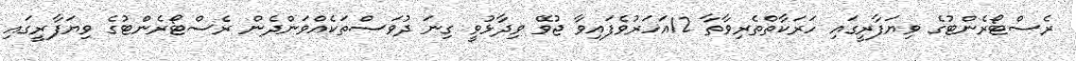
ރެސްޓޯރެންޓުގެ ވިޔަފާރީގައި ހަރަކާތްތެރިވާތާ 12އަހަރުވެފައިވާ ޖުވޭ ވިދާޅުވީ ގިނަ ދުވަސްތަކެއްވަންދެން ރެސްޓޯރެންޓުގެ ވިޔަފާރީގައި